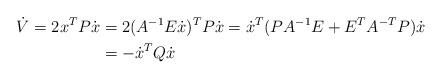
LaTeX: \begin{align*}\dot{V}= 2x^TP\dot{x} &=2(A^{-1}E\dot{x})^TP\dot{x} = \dot{x}^T(PA^{-1}E+E^TA^{-T}P)\dot{x}\\&= -\dot{x}^TQ\dot{x} \end{align*}